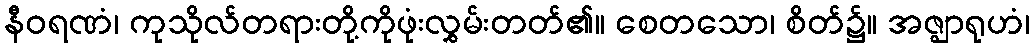
နီဝရဏံ၊ ကုသိုလ်တရားတို့ကိုဖုံးလွှမ်းတတ်၏။ စေတသော၊ စိတ်၌။ အဇ္ဈာရုဟံ၊